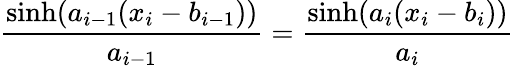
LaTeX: {\frac{\sinh(a_{i-1}(x_{i}-b_{i-1}))}{a_{i-1}}}={\frac{\sinh(a_{i}(x_{i}-b_{i}))}{a_{i}}}